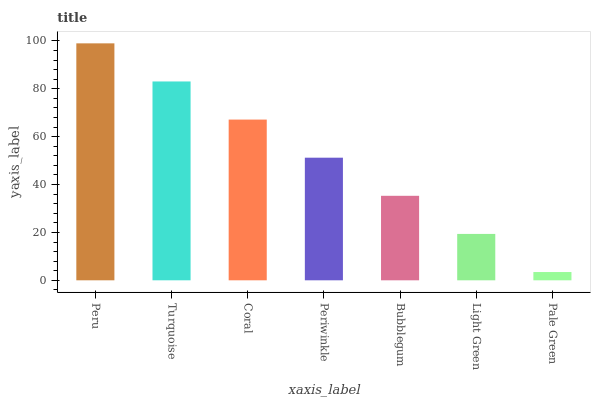
| xaxis_label | bars |
 | --- | --- |
 | Peru | 99 |
 | Turquoise | 83.1 |
 | Coral | 67.2 |
 | Periwinkle | 51.2 |
 | Bubblegum | 35.3 |
 | Light Green | 19.4 |
 | Pale Green | 3.46 |